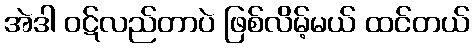
အဲဒါ ဝဋ်လည်တာပဲ ဖြစ်လိမ့်မယ် ထင်တယ်